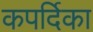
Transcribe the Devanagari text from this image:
कपर्दिका